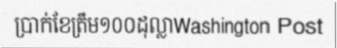
ប្រាក់ខែត្រឹម១០០ដុល្លាWashington Post